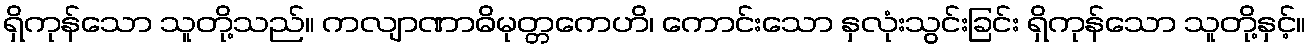
ရှိကုန်သော သူတို့သည်။ ကလျာဏာဓိမုတ္တကေဟိ၊ ကောင်းသော နှလုံးသွင်းခြင်း ရှိကုန်သော သူတို့နှင့်။